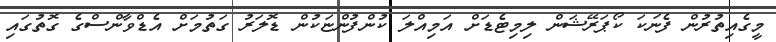
މީގެއިތުރުން ފެނަކަ ކޯޕަރޭޝަން ލިމިޓެޑަށް އަމިއްލަ ކުންފުންޏަކުން ޑޮލަރު ގަތުމަށް އެޑްވާންސްގެ ގޮތުގައި